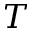
T